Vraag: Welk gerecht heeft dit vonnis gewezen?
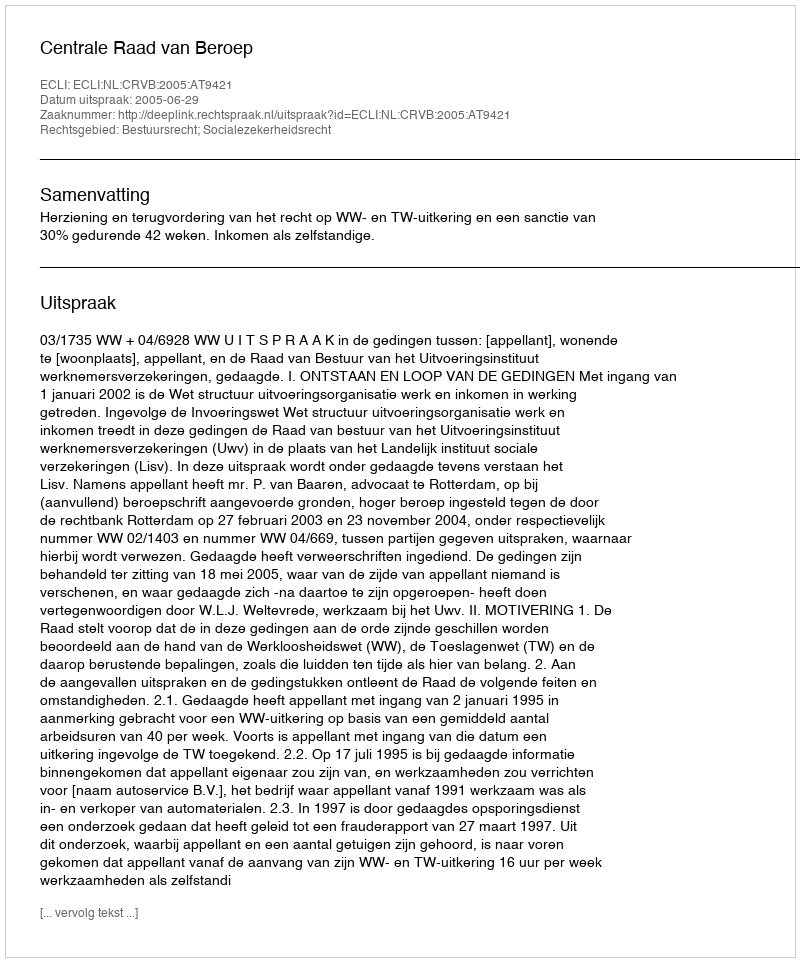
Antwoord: Centrale Raad van Beroep